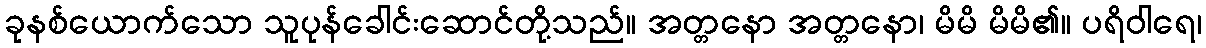
ခုနစ်ယောက်သော သူပုန်ခေါင်းဆောင်တို့သည်။ အတ္တနော အတ္တနော၊ မိမိ မိမိ၏။ ပရိဝါရေ၊